Language: tamil
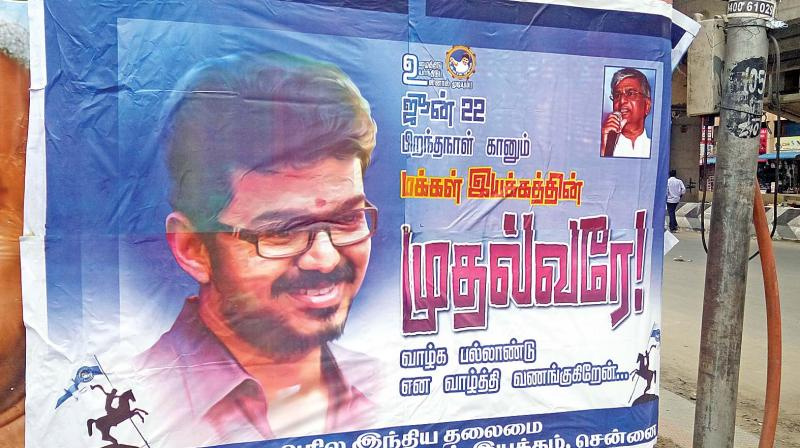
Transcription: பிறந்தநாள் இயக்கத்தின் வாழ்க என வாழ்த்தி வணங்குகிறேன் இந்திய தலைமை முதல்வரே கானும் பல்லாண்டு